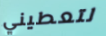
لتعطيني